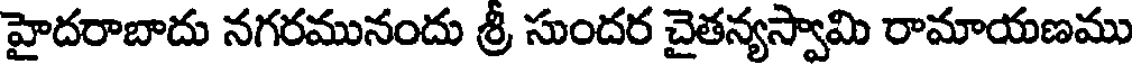
హైదరాబాదు నగరమునందు శ్రీ సుందర చైతన్యస్వామి రామాయణము